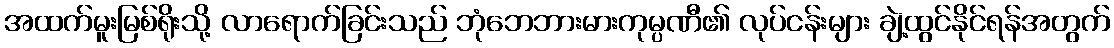
အထက်မူးမြစ်ရိုးသို့ လာရောက်ခြင်းသည် ဘုံဘေဘားမားကုမ္ပဏီ၏ လုပ်ငန်းများ ချဲ့ထွင်နိုင်ရန်အတွက်